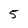
Character: 5